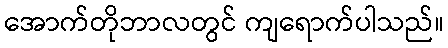
အောက်တိုဘာလတွင် ကျရောက်ပါသည်။